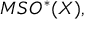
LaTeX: M S O ^ { * } ( X ) ,